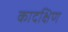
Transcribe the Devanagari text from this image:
कादक्षिण